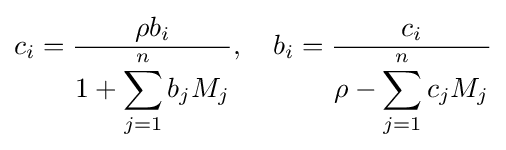
c_{i}={\frac {\rho b_{i}}{1+\displaystyle \sum _{j=1}^{n}{b_{j}M_{j}}}},\quad b_{i}={\frac {c_{i}}{\rho -\displaystyle \sum _{j=1}^{n}{c_{j}M_{j}}}}